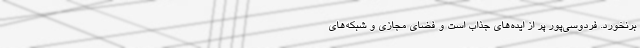
برنخورد. فردوسی‌پور پر از ایده‌های جذاب است و فضای مجازی و شبکه‌های